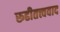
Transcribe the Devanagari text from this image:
रूढीतत्त्ववाद